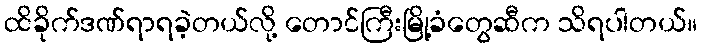
ထိခိုက်ဒဏ်ရာရခဲ့တယ်လို့ တောင်ကြီးမြို့ခံတွေဆီက သိရပါတယ်။